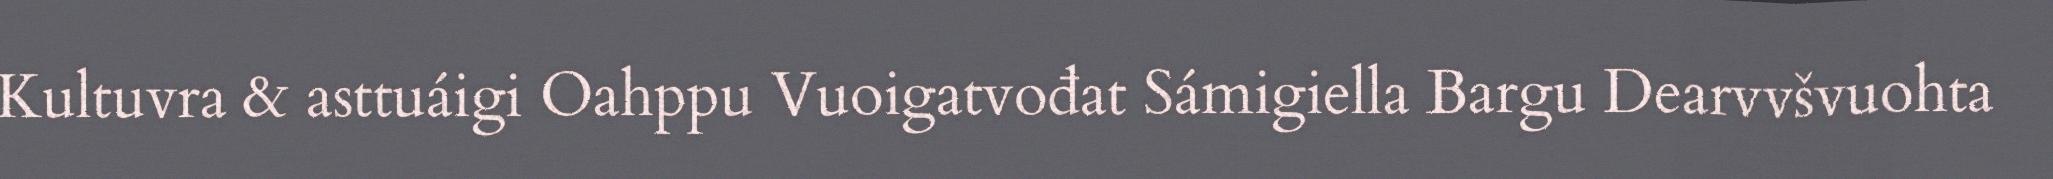
Kultuvra & asttuáigi Oahppu Vuoigatvođat Sámigiella Bargu Dearvvšvuohta